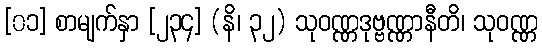
[၀၁] စာမျက်နှာ [၂၃၄] (နိ၊ ၃၂) သုဝဏ္ဏဒုဗ္ဗဏ္ဏာနီတိ၊ သုဝဏ္ဏ